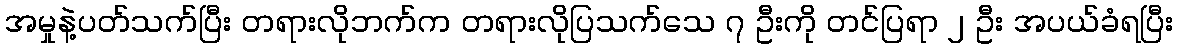
အမှုနဲ့ပတ်သက်ပြီး တရားလိုဘက်က တရားလိုပြသက်သေ ၇ ဦးကို တင်ပြရာ ၂ ဦး အပယ်ခံရပြီး